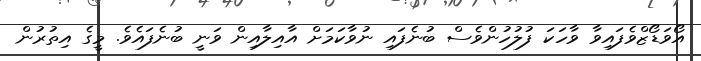
އޯވަޑޯޒްވެފައިވާ ވާހަކަ ފުލުހުންވެސް ބުނެފައި ނުވާކަމަށް އާއިލާއިން ވަނީ ބުނެފައެވެ. މީގެ އިތުރުން